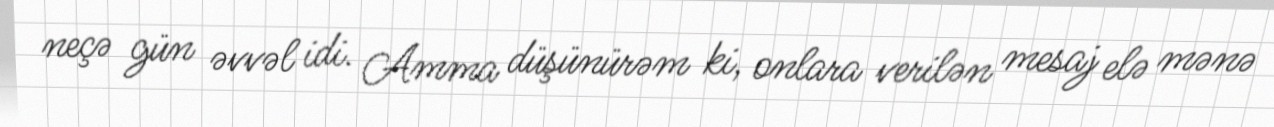
neçə gün əvvəl idi. Amma düşünürəm ki, onlara verilən mesaj elə mənə